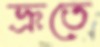
ভ্রূতে